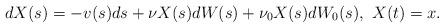
LaTeX: \begin{align*}dX(s) = -v(s)ds + \nu X(s) dW(s) + \nu_0X(s) dW_0(s), \ X(t) = x.\end{align*}